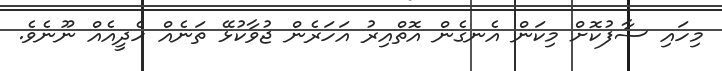
މިހައި ސާފުކޮށް މިކަން އެނގެން އޮތްއިރު އަހަރެން ޖުވާކުޅޭ ތަނެއް ހެދީއެއް ނޫނެވެ.